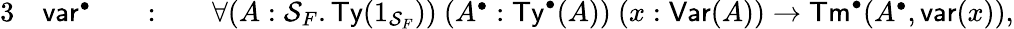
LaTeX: \begin{array}{rlrlrl}{{3}}&{\mathsf{var}^{\bullet}}&&{:}&&{\forall(A:\mathcal{S}_{F}.\mathsf{Ty}(1_{\mathcal{S}_{F}}))\ (A^{\bullet}:\mathsf{Ty}^{\bullet}(A))\ (x:\mathsf{Var}(A))\to\mathsf{Tm}^{\bullet}(A^{\bullet},\mathsf{var}(x)),}\end{array}